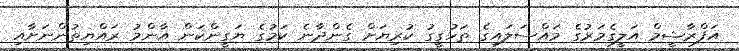
އަފްރާޝީމް އަލީގެމަރުގެ މައްސަލައިގެ ތަހުގީގު ކުރިޔަށް ގެންދާނެ ކަމުގެ ޔަގީންކަން އާންމު ރައްޔިތުންނަށާއި